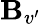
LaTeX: \mathbf{B}_{v^{\prime}}